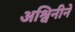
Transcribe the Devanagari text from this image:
अश्विनीने